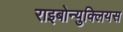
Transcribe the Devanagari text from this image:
राइबोन्युक्लियस